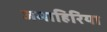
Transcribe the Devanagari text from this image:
जमाहिरिया